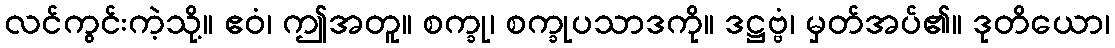
လင်ကွင်းကဲ့သို့။ ဧဝံ၊ ဤအတူ။ စက္ခု၊ စက္ခုပသာဒကို။ ဒဋ္ဌဗ္ဗံ၊ မှတ်အပ်၏။ ဒုတိယော၊